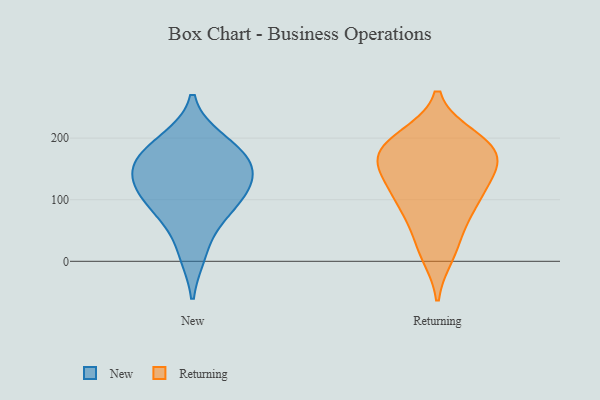
{"axis": {"x": "Website Visitors", "y": "Value"}, "legend": ["New", "Returning"], "data": [{"x": "", "y": 82, "type": "New"}, {"x": "", "y": 13, "type": "New"}, {"x": "", "y": 146, "type": "New"}, {"x": "", "y": 117, "type": "New"}, {"x": "", "y": 119, "type": "New"}, {"x": "", "y": 196, "type": "New"}, {"x": "", "y": 162, "type": "New"}, {"x": "", "y": 151, "type": "New"}, {"x": "", "y": 184, "type": "New"}, {"x": "", "y": 81, "type": "New"}, {"x": "", "y": 153, "type": "Returning"}, {"x": "", "y": 80, "type": "Returning"}, {"x": "", "y": 29, "type": "Returning"}, {"x": "", "y": 12, "type": "Returning"}, {"x": "", "y": 142, "type": "Returning"}, {"x": "", "y": 180, "type": "Returning"}, {"x": "", "y": 194, "type": "Returning"}, {"x": "", "y": 178, "type": "Returning"}, {"x": "", "y": 119, "type": "Returning"}, {"x": "", "y": 101, "type": "Returning"}, {"x": "", "y": 200, "type": "Returning"}, {"x": "", "y": 87, "type": "Returning"}, {"x": "", "y": 154, "type": "Returning"}, {"x": "", "y": 184, "type": "Returning"}]}